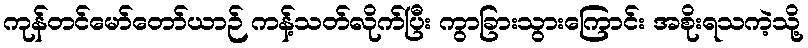
ကုန်တင်မော်တော်ယာဉ် ကန့်သတ်လိုက်ပြီး ကွာခြားသွားကြောင်း အစိုးရသကဲ့သို့